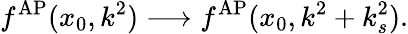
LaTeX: f^{\mathrm{AP}}(x_{0},k^{2})\longrightarrow f^{\mathrm{AP}}(x_{0},k^{2}+k_{s}^{2}).